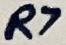
Text: R7